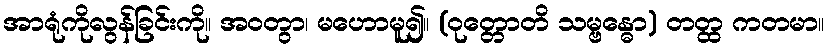
အာရုံကိုလွန်ခြင်းကို။ အဝတွာ၊ မဟောမူ၍။ (ဝုတ္တောတိ သမ္ဗန္ဓော) တတ္ထ ကတမာ။